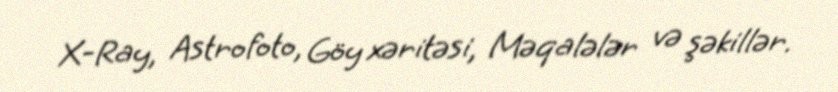
X-Ray, Astrofoto, Göy xəritəsi, Məqalələr və şəkillər.